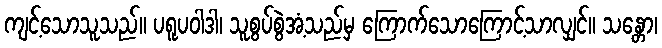
ကျင့်သောသူသည်။ ပရူပဝါဒါ၊ သူစွပ်စွဲအံ့သည်မှ ကြောက်သောကြောင့်သာလျှင်။ သန္တော၊